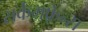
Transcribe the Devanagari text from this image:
सर्कमफ़्रेन्स